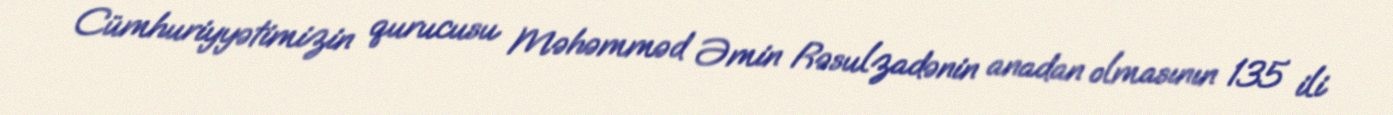
Cümhuriyyətimizin qurucusu Məhəmməd Əmin Rəsulzadənin anadan olmasının 135 ili